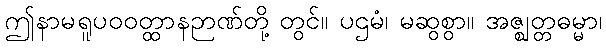
ဤနာမရူပဝဝတ္ထာနဉာဏ်တို့ တွင်။ ပဌမံ၊ မဆွစွာ။ အဇ္ဈတ္တဓမ္မာ၊